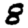
Digit: 8